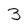
Character: 3